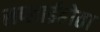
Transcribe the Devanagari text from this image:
सप्लाईहोता